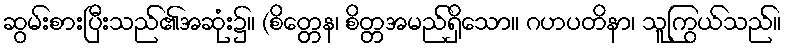
ဆွမ်းစားပြီးသည်၏အဆုံး၌။ (စိတ္တေန၊ စိတ္တအမည်ရှိသော။ ဂဟပတိနာ၊ သူကြွယ်သည်။